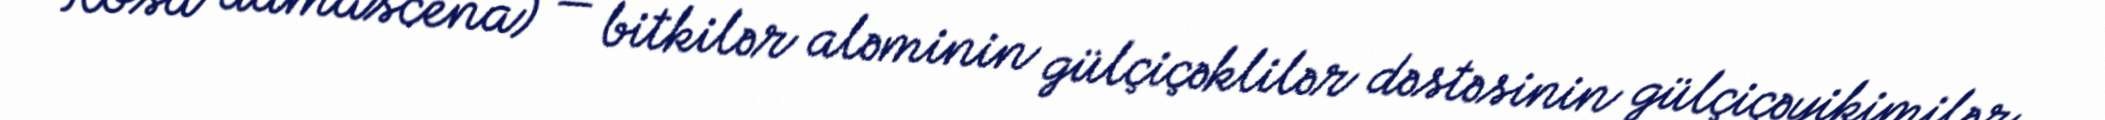
Rosa damascena) — bitkilər aləminin gülçiçəklilər dəstəsinin gülçiçəyikimilər